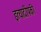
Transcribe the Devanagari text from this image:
इत्यादींपकी